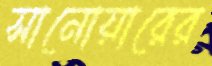
সানোয়ারের